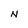
Character: N